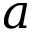
a